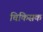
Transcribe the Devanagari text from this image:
चिकिसक